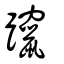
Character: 躥